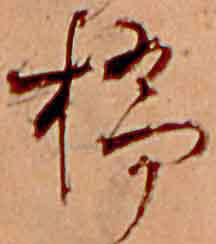
橋